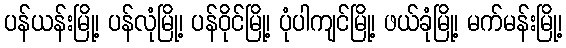
ပန်ယန်းမြို့၊ ပန်လုံမြို့၊ ပန်ဝိုင်မြို့၊ ပုံပါကျင်မြို့၊ ဖယ်ခုံမြို့၊ မက်မန်းမြို့၊